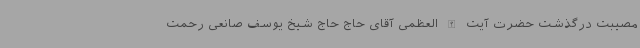
مصیبت درگذشت حضرت آیت الله العظمی آقای حاج حاج شیخ یوسف صانعی رحمت